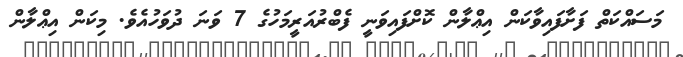
މަސައްކަތް ފަށާފައިވާކަން އިޢްލާން ކޮށްފައިވަނީ ފެބްރުއަރީމަހުގެ 7 ވަނަ ދުވަހުއެވެ. މިކަން އިޢްލާން